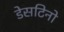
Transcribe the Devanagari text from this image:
डेसटिनो